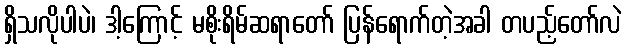
ရှိသလိုပါပဲ၊ ဒါ့ကြောင့် မစိုးရိမ်ဆရာတော် ပြန်ရောက်တဲ့အခါ တပည့်တော်လဲ